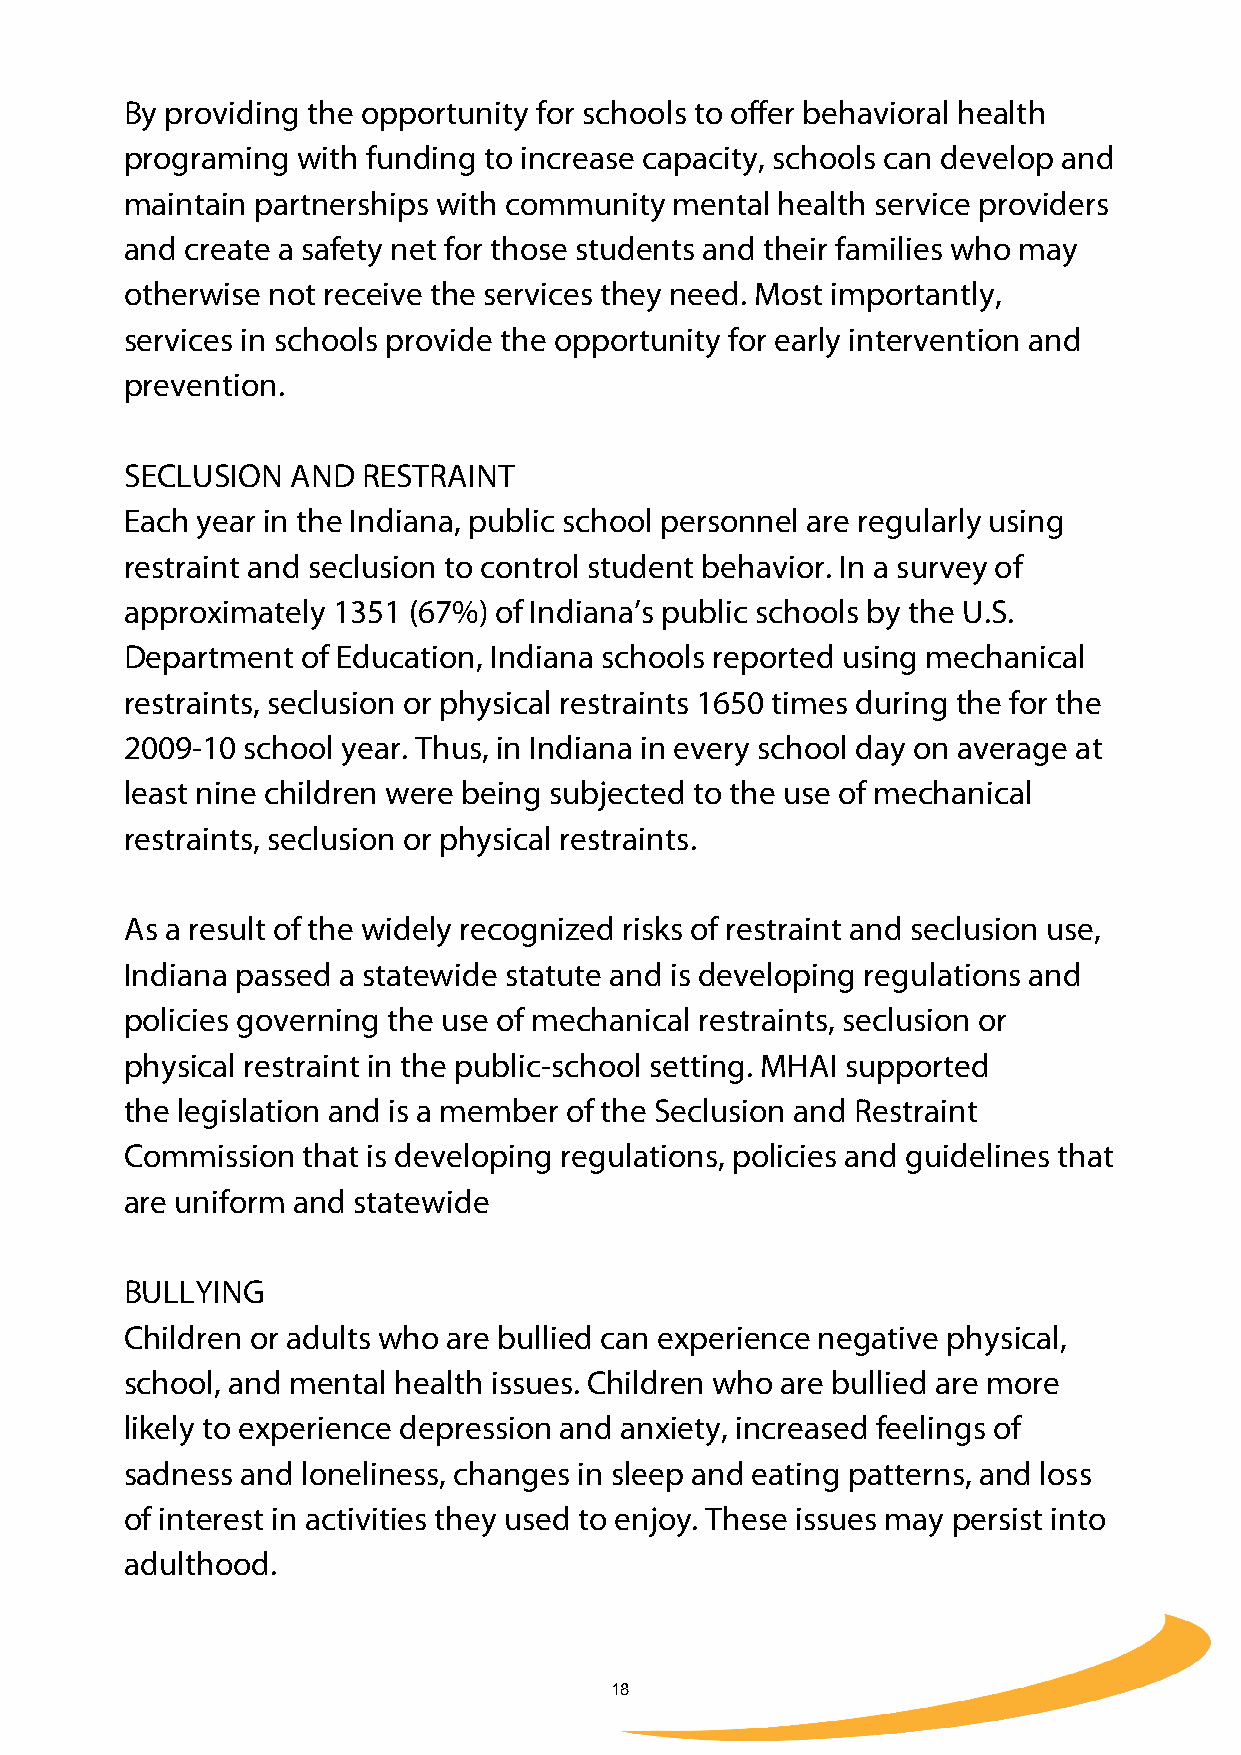
By providing the opportunity for schools to offer behavioral health
 programing  with funding to increase capacity, schools can develop and
 maintain partnerships with community mental health service providers
 and create a safety net for those students and their families who may
 otherwise not receive the services they need. Most importantly,
 services in schools provide the opportunity for early intervention and
 prevention.
 SECLUSION  AND  RESTRAINT
 Each year in the Indiana, public school personnel are regularly using
 restraint and seclusion to control student behavior. In a survey of
 approximately 1351 (67%) of Indiana’s public schools by the U.S.
 Department  of Education, Indiana schools reported using mechanical
 restraints, seclusion or physical restraints 1650 times during the for the
 2009-10 school year. Thus, in Indiana in every school day on average at
 least nine children were being subjected to the use of mechanical
 restraints, seclusion or physical restraints.
 As a result of the widely recognized risks of restraint and seclusion use,
 Indiana passed a statewide statute and is developing regulations and
 policies governing the use of mechanical restraints, seclusion or
 physical restraint in the public-school setting. MHAI supported
 the legislation and is a member of the Seclusion and Restraint
 Commission  that is developing regulations, policies and guidelines that
 are uniform and statewide
 BULLYING
 Children or adults who are bullied can experience negative physical,
 school, and mental health issues. Children who are bullied are more
 likely to experience depression and anxiety, increased feelings of
 sadness and loneliness, changes in sleep and eating patterns, and loss
 of interest in activities they used to enjoy. These issues may persist into
 adulthood.
 18